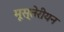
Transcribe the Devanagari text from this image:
मूस्तेरीयन